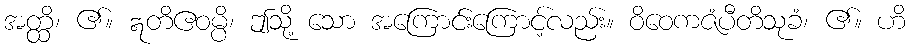
အတ္ထိ၊ ၏။ ဣတိဧဝမ္ပိ၊ ဤသို့ သော အကြောင်းကြောင့်လည်း။ ဝိဝေကဇံပီတိသုခံ၊ ၏။ ဟိ